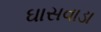
ઘાસવાડા